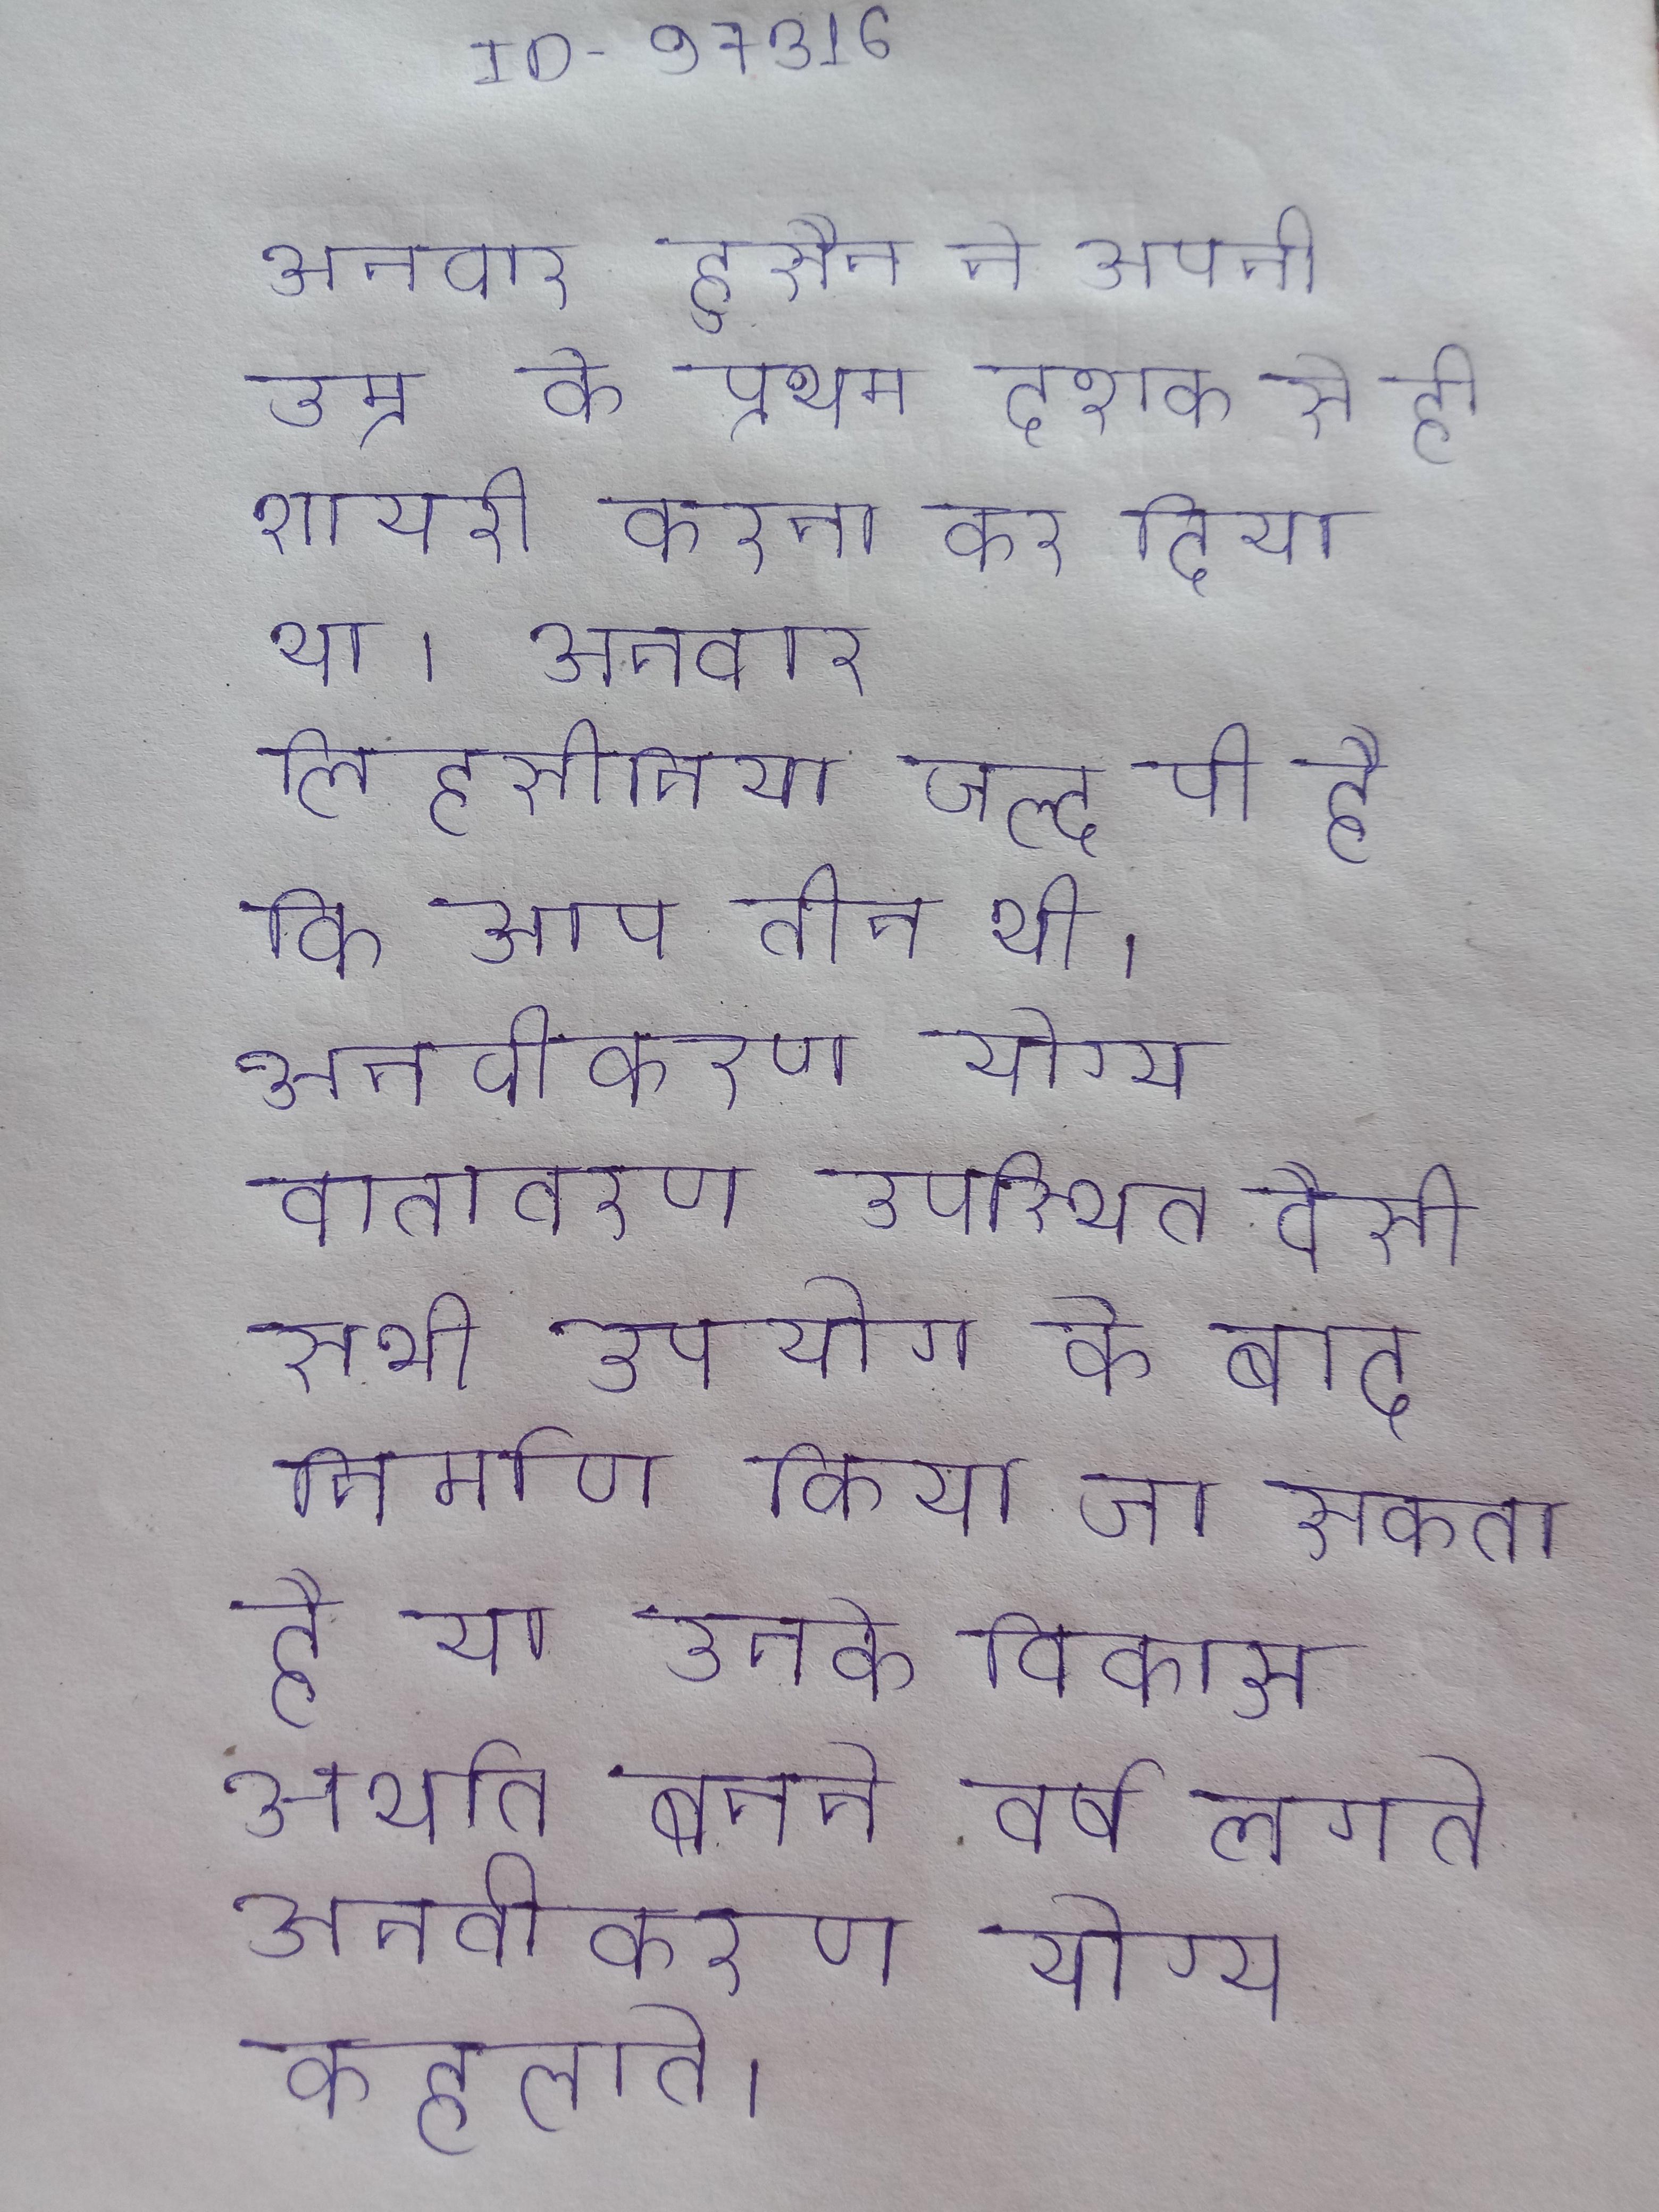
अनवार हुसैन ने अपनी उम्र के प्रथम दशक से ही शायरी करना कर दिया था । अनवार ालहसीनिया जल्द पी है कि आप तीन थी । अनवीकरण योग्य वातावरण उपस्थित वैसी सभी उपयोग के बाद निर्माण किया जा सकता है या उनके विकास अर्थात बनने वर्ष लगते अनवीकरण योग्य कहलाते ।